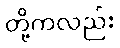
တို့ကလည်း